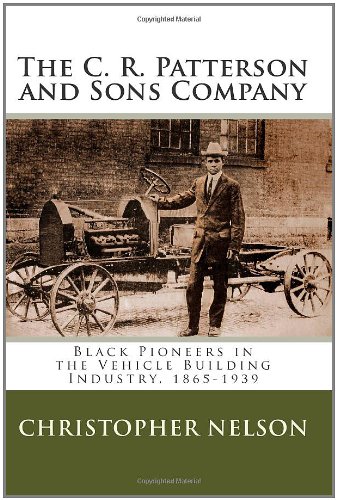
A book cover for The C. R. Patterson and Sons Company: Black Pioneers in the Vehicle Building Industry, 1865-1939; Christopher Nelson; Business & Money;